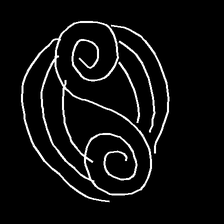
Glyph: wind-underfoot